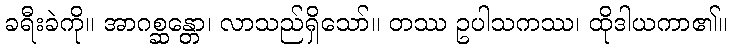
ခရီးခဲကို။ အာဂစ္ဆန္တော၊ လာသည်ရှိသော်။ တဿ ဥပါသကဿ၊ ထိုဒါယကာ၏။